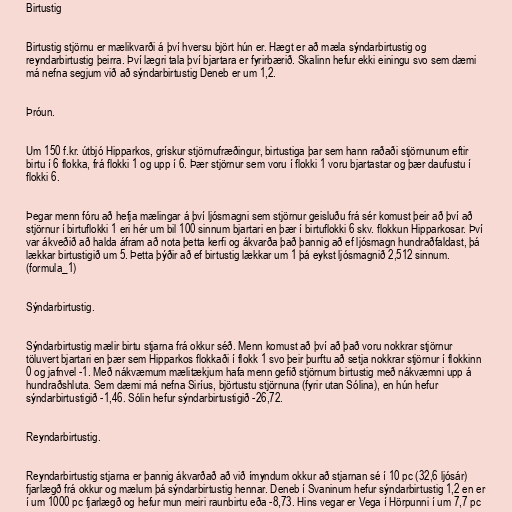
Birtustig

Birtustig stjörnu er mælikvarði á því hversu björt hún er. Hægt er að mæla sýndarbirtustig og
reyndarbirtustig þeirra. Því lægri tala því bjartara er fyrirbærið. Skalinn hefur ekki einingu svo sem dæmi
má nefna segjum við að sýndarbirtustig Deneb er um 1,2.

Þróun.

Um 150 f.kr. útbjó Hipparkos, grískur stjörnufræðingur, birtustiga þar sem hann raðaði stjörnunum eftir
birtu í 6 flokka, frá flokki 1 og upp í 6. Þær stjörnur sem voru í flokki 1 voru bjartastar og þær daufustu í
flokki 6.

Þegar menn fóru að hefja mælingar á því ljósmagni sem stjörnur geisluðu frá sér komust þeir að því að
stjörnur í birtuflokki 1 eri hér um bil 100 sinnum bjartari en þær í birtuflokki 6 skv. flokkun Hipparkosar. Því
var ákveðið að halda áfram að nota þetta kerfi og ákvarða það þannig að ef ljósmagn hundraðfaldast, þá
lækkar birtustigið um 5. Þetta þýðir að ef birtustig lækkar um 1 þá eykst ljósmagnið 2,512 sinnum.
(formula_1)

Sýndarbirtustig.

Sýndarbirtustig mælir birtu stjarna frá okkur séð. Menn komust að því að það voru nokkrar stjörnur
töluvert bjartari en þær sem Hipparkos flokkaði í flokk 1 svo þeir þurftu að setja nokkrar stjörnur í flokkinn
0 og jafnvel -1. Með nákvæmum mælitækjum hafa menn gefið stjörnum birtustig með nákvæmni upp á
hundraðshluta. Sem dæmi má nefna Siríus, björtustu stjörnuna (fyrir utan Sólina), en hún hefur
sýndarbirtustigið -1,46. Sólin hefur sýndarbirtustigið -26,72.

Reyndarbirtustig.

Reyndarbirtustig stjarna er þannig ákvarðað að við ímyndum okkur að stjarnan sé í 10 pc (32,6 ljósár)
fjarlægð frá okkur og mælum þá sýndarbirtustig hennar. Deneb í Svaninum hefur sýndarbirtustig 1,2 en er
í um 1000 pc fjarlægð og hefur mun meiri raunbirtu eða -8,73. Hins vegar er Vega í Hörpunni í um 7,7 pc